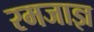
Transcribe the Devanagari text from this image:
रमजाज्ञ